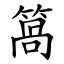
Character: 䈑